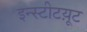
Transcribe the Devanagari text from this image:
इन्स्टीटय़ूट